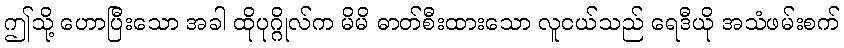
ဤသို့ ဟောပြီးသော အခါ ထိုပုဂ္ဂိုလ်က မိမိ ဓာတ်စီးထားသော လူငယ်သည် ရေဒီယို အသံဖမ်းစက်